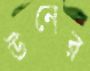
উনের